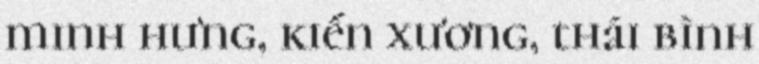
minh hưng, kiến xương, thái bình